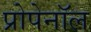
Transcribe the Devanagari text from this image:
प्रोपेनॉल